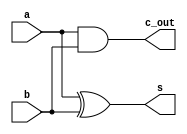
`timescale 1ns / 1ps
//////////////////////////////////////////////////////////////////////////////////
// Company: 
// Engineer: 
// 
// Design Name: 
// Module Name: HA
// Project Name: 
// Target Devices: 
// Tool Versions: 
// Description: 
// 
// Dependencies: 
// 
// Revision:
// Revision 0.01 - File Created
// Additional Comments:
// 
//////////////////////////////////////////////////////////////////////////////////


module HA2(a, b, s, c_out);
    input a, b;
    output s, c_out;
    assign s = a ^ b;
    assign c_out = a & b;
endmodule